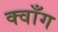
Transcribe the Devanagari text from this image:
क्वाँग